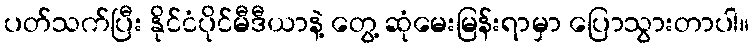
ပတ်သက်ပြီး နိုင်ငံပိုင်မီဒီယာနဲ့ တွေ့ ဆုံမေးမြန်းရာမှာ ပြောသွားတာပါ။